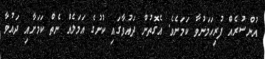
އުންސުރެއް ފުރިހަމަނުވާ ކަމަށެވެ. އެގޮތުން ދައުވާގައި ކުށުގެ އަމަލެއް ނެތް ކަމަށާއި ދައުވާ